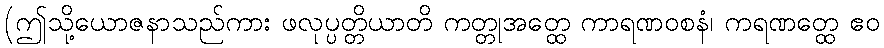
(ဤသို့ယောဇနာသည်ကား ဖလုပ္ပတ္တိယာတိ ကတ္တုအတ္ထေ ကာရဏဝစနံ၊ ကရဏတ္ထေ ဧဝ